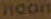
hoon